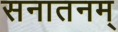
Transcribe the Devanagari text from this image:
सनातनम्